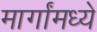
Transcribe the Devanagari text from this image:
मार्गांमध्ये